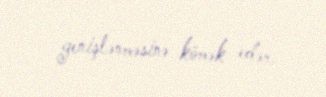
genişlənməsinə kömək edər.